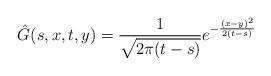
LaTeX: \begin{align*}\hat{G}(s,x,t,y)=\frac{1}{\sqrt{2\pi (t-s)}} e^{-\frac{(x-y)^2}{2(t-s)}}\end{align*}